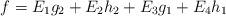
LaTeX: \begin{gather*} f=E_1g_2+E_2h_2+E_3g_1+E_4h_1\end{gather*}